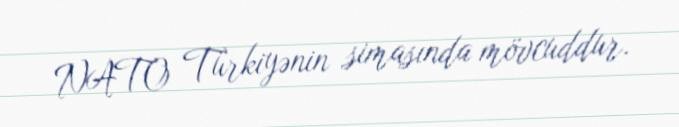
NATO Türkiyənin simasında mövcuddur.